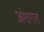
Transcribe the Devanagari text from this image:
अंशगत